Report of the Indian Hemp Drugs Commission, 1894-1895 - Volume VII
Year: 1894
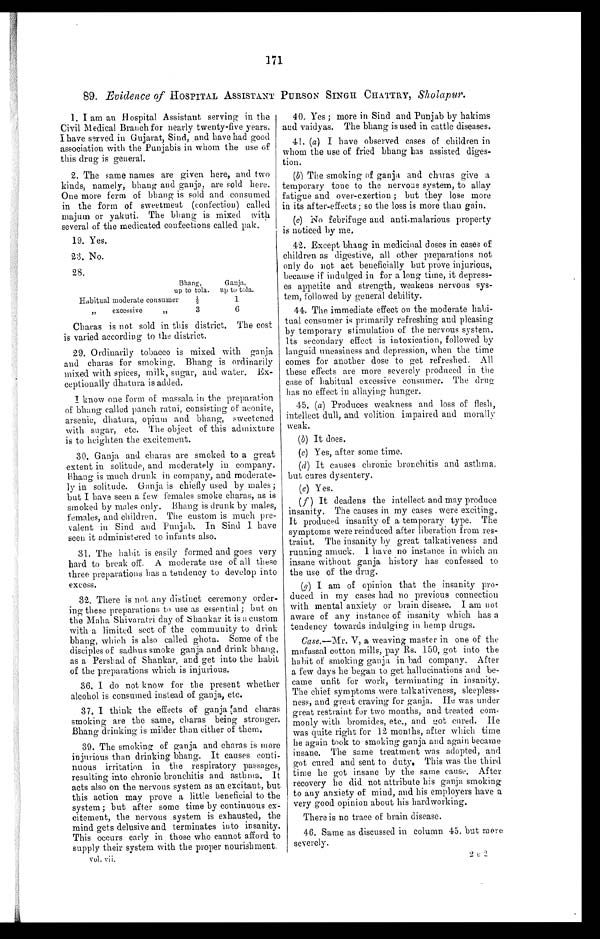
171
89. Evidence of HOSPITAL ASSISTANT PURSON SINGH
CHATTRY, Sholapur.
1. I am an Hospital Assistant serving in the
Civil Medical Branch for nearly twenty-five years.
I have served in Gujarat, Sind, and have had good
association with the Punjabis in whom the use of
this drug is general.
2. The same names are given here, and two
kinds, namely, bhang and ganja, are sold here.
One more form of bhang is sold and consumed
in the form of sweetmeat (confection) called
majum or yakuti. The bhang is mixed with
several of the medicated confections called pak.
19. Yes
.
23. No
.
28.
Bhang
, u p t o t o l a .
Ganja
, u p t o t o l a .
Habitual moderate consumer ½
1
„
excessive „
3
6
Charas is not sold in this district. The cost
is varied according to the district.
29. Ordinarily tobacco is mixed with ganja
and charas for smoking. Bhang is ordinarily
mixed with spices, milk, sugar, and water. Ex-
ceptionally dhatura is added.
I know one form of massala in the preparation
of bhang called panch ratni, consisting of aconite,
arsenic, dhatura, opium and bhang, sweetened
with sugar, etc. The object of this admixture
is to heighten the excitement.
30. Ganja and charas are smoked to a great
extent in solitude, and moderately in company.
Bhang is much drunk in company, and moderate-
ly in solitude. Ganja is chiefly used by males;
but I have seen a few females smoke charas, as is
smoked by males only. Bhang is drunk by males,
females, and children. The custom is much pre-
valent in Sind and Punjab. In Sind I have
seen it administered to infants also.
31. The habit is easily formed and goes very
hard to break off. A moderate use of all these
three preparations has a tendency to develop into
excess.
32. There is not any distinct ceremony order-
ing these preparations to use as essential ; but on
the Maha Shivaratri day of Shankar it is a custom
with a limited sect of the community to drink
bhang, which is also called ghota. Some of the
disciples of sadhus smoke ganja and drink
b h a n g , a s a P e r s h a d o f S h a n k a r , a n d g e t i n t o t h e h a b i t
of the preparations which is injurious.
36. I do not know for the present whether
alcohol is consumed instead of ganja, etc.
37. I think the effects of ganja and charas
smoking are the same, charas being stronger.
Bhang drinking is milder than either of them.
39. The smoking of ganja and charas is more
injurious than drinking bhang. It causes conti-
nuous irritation in the respiratory passages,
resulting into chronic bronchitis and asthma. It
acts also on the nervous system as an excitant, but
this action may prove a little beneficial to the
system; but after some time by continuous ex-
citement, the nervous system is exhausted, the
mind gets delusive and terminates into insanity.
This occurs early in those who cannot afford to
supply their system with the proper nourishment.
v o l . v i i .
40. Yes ; more in Sind and Punjab by hakims
and vaidyas. The bhang is used in cattle diseases.
41. (a) I have observed cases of children in
whom the use of fried bhang has assisted diges-
tion.
(b)The smoking of ganja and chains give a
temporary tone to the nervous system, to allay
fatigue and over-exertion ; but they lose more
in its after-effects; so the loss is more than gain.
(c) No febrifuge and anti-malarious property
is noticed by me.
42. Except bhang in medicinal doses in cases of
children as digestive, all other preparations not
only do not act beneficially but prove injurious,
because if indulged in for a long time, it depress-
es appetite and strength, weakens nervous sys-
tem, followed by general debility.
44. The immediate effect on the moderate habi-
tual consumer is primarily refreshing and pleasing
by temporary stimulation of the nervous system.
Its secondary effect is intoxication, followed by
languid uneasiness and depression, when the time
comes for another dose to get refreshed. All
these effects are more severely produced in the
case of habitual excessive consumer. The drug
has no effect in allaying hunger.
45. (a) Produces weakness and loss of flesh,
intellect dull, and volition impaired and morally
weak.
(b) It does.
(c) Yes, after some time.
(d) It causes chronic bronchitis and asthma,
but cures dysentery.
(e) Yes.
(f) It deadens the intellect and may produce
insanity. The causes in my cases were exciting.
It produced insanity of a temporary type. The
symptoms were reinduced after liberation from res-
traint. The insanity by great talkativeness and
running amuck. I have no instance in which an
insane without ganja history has confessed to
the use of the drug.
(g) I am of opinion that the insanity pro-
duced in my cases had no previous connection
with mental anxiety or brain disease. I am not
aware of any instance of insanity which has a
tendency towards indulging in hemp drugs.
Case.—Mr. V, a weaving master in one of the
mufassal cotton mills, pay Rs. 150, got into the
habit of smoking ganja in bad company, After
a few days he began to get hallucinations and be-
came unfit for work, terminating in insanity.
The chief symptoms were talkativeness, sleepless-
ness, and great craving for ganja. He was under
great restraint for two months, and treated com-
monly with bromides, etc., and got cured. He
was quite right for 12 months, after which time
he again took to smoking ganja and again became
insane. The same treatment was adopted, and
got cured and sent to duty. This was the third
time he got insane by the same cause. After
recovery he did not attribute his ganja smoking
to any anxiety of mind, and his employers have a
very good opinion about his hardworking.
There is no trace of brain disease.
46. Same as discussed in column 45, but more
severely.
2 B 2